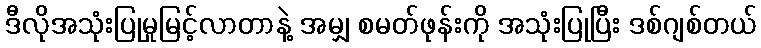
ဒီလိုအသုံးပြုမှုမြင့်လာတာနဲ့ အမျှ စမတ်ဖုန်းကို အသုံးပြုပြီး ဒစ်ဂျစ်တယ်